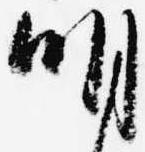
明